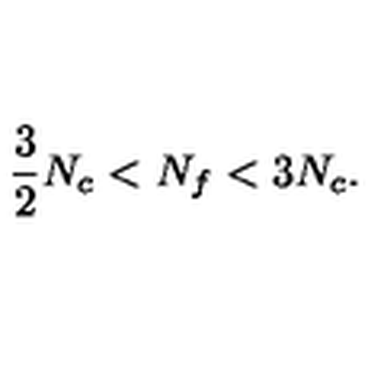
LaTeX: \frac { 3 } { 2 } N _ { c } < N _ { f } < 3 N _ { c } .